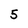
Character: 5